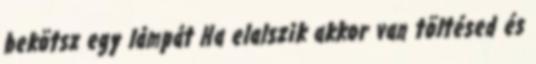
bekötsz egy lámpát Ha elalszik akkor van töltésed és